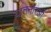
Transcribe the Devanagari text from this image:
यातनारओं